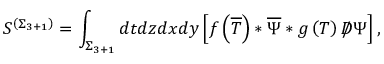
S ^ { \left( \Sigma _ { 3 + 1 } \right) } = \int _ { \Sigma _ { 3 + 1 } } d t d z d x d y \left[ f \left( \overline { { { T } } } \right) * \overline { { { \Psi } } } * g \left( T \right) D \! \! \! \! / \, \Psi \right] ,